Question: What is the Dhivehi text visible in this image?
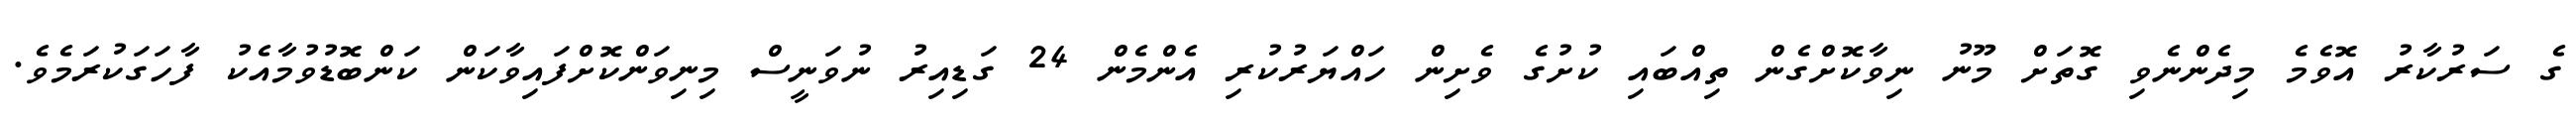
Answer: ގެ ސަރުކާރު އޮވެމެ މިދެންނެވި ގޮތަށް މޫނު ނިވާކޮށްގެން ތިއްބައި ކުށުގެ ވެށިން ހައްޔަރުކުރި އެންމެން 24 ގަޑިއިރު ނުވަނީސް މިނިވަންކޮށްފައިވާކަން ކަންބޮޑުވުމާއެކު ފާހަގަކުރަމެވެ.